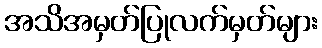
အသိအမှတ်ပြုလက်မှတ်များ